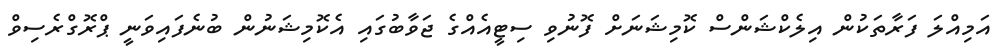
އަމިއްލަ ފަރާތަކުން އިލެކްޝަންސް ކޮމިޝަނަށް ފޮނުވި ސިޓީއެއްގެ ޖަވާބުގައި އެކޮމިޝަނުން ބުނެފައިވަނީ ޕްރޮގްރެސިވް